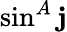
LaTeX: \sin^{A}\mathbf{j}